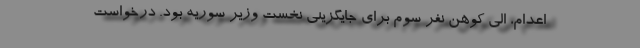
اعدام، الی کوهن نفر سوم برای جایگزینی نخست‌ وزیر سوریه بود. درخواست